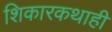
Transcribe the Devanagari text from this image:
शिकारकथाही